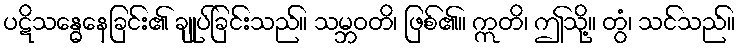
ပဋိသန္ဓေနေခြင်း၏ ချုပ်ခြင်းသည်။ သမ္ဘဝတိ၊ ဖြစ်၏။ ဣတိ၊ ဤသို့။ တွံ၊ သင်သည်။